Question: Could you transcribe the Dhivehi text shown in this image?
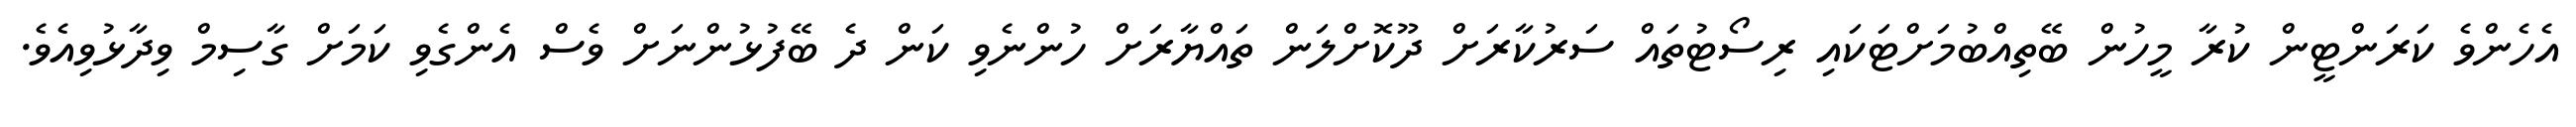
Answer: އެހެންވެ ކަރަންޓީން ކުރާ މީހުން ބޭތިއްބުމަށްޓަކައި ރިސޯޓުތައް ސަރުކާރަށް ދޫކޮށްލަން ތައްޔާރަށް ހުންނެވި ކަން ދެ ބޭފުޅުންނަށް ވެސް އެންގެވި ކަމަށް ގާސިމް ވިދާޅުވިއެވެ.